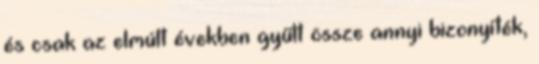
és csak az elmúlt években gyűlt össze annyi bizonyíték,